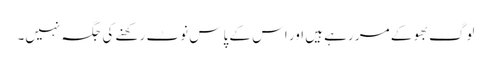
لوگ بھوکے مر رہے ہیں اور اس کے پاس نوٹ رکھنے کی جگہ نہیں۔